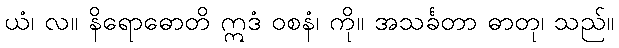
ယံ၊ လ။ နိရောဓောတိ ဣဒံ ဝစနံ၊ ကို။ အသင်္ခတာ ဓာတု၊ သည်။